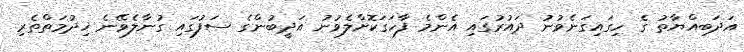
އަދަބިއްޔާތު ގެ ހިގައިގަނެވުނު ދައުރުގައި އެންމެ ފާހަގަކޮށްލެވުނު އަދީބުންގެ ސަފުގައި ގުނާލެވޭނެ ޚިދުމަތްތެރި